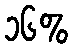
၁၆%